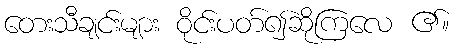
တေးသီချင်းများ ဝိုင်းပတ်၍ဆိုကြလေ ၏။